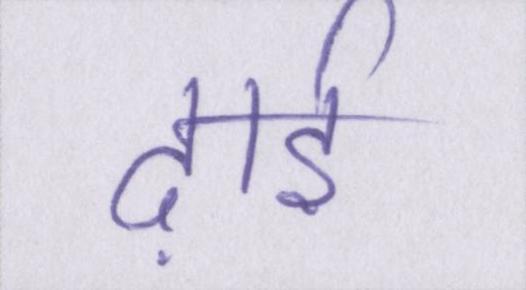
ढ़ाई